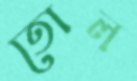
তোল